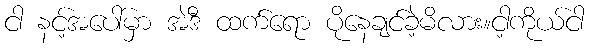
ငါ နင့်အပေါ်မှာ အဲဒီ ထက်ရော ပိုနေချင်ခဲ့မိလား။ငါ့ကိုယ်ငါ